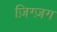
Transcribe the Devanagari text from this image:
ज़िग्ज़ग